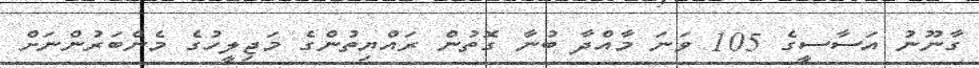
ގާނޫނު އަސާސީގެ 105 ވަނަ މާއްދާ ބުނާ ގޮތުން ރައްޔިތުންގެ މަޖިލީހުގެ މެންބަރުންނަށް